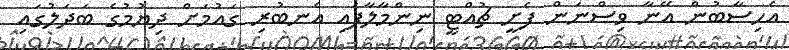
އެހިސާބުން އޭނާ ވިސްނަން ފެށީ ޗުއްޓީ ނިންމާލާފައި އެނބުރި ގައުމަށް ދިޔުމުގެ ބަދަލުގައި